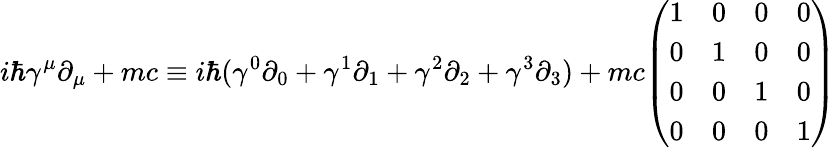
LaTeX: i\hbar\gamma^{\mu}\partial_{\mu}+mc\equiv i\hbar(\gamma^{0}\partial_{0}+\gamma^{1}\partial_{1}+\gamma^{2}\partial_{2}+\gamma^{3}\partial_{3})+mc{\left(\begin{array}{llll}{1}&{0}&{0}&{0}\\ {0}&{1}&{0}&{0}\\ {0}&{0}&{1}&{0}\\ {0}&{0}&{0}&{1}\end{array}\right)}